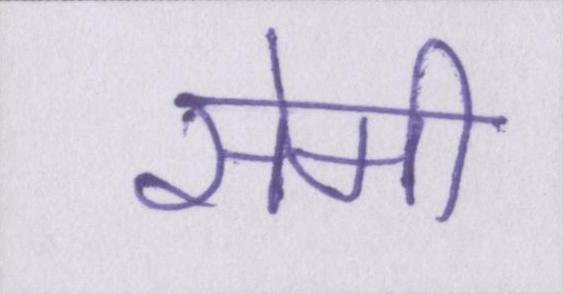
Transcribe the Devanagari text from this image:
सेमी